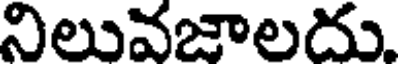
నిలువజాలదు.